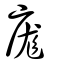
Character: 庬